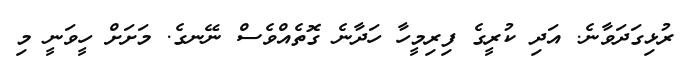
ރުޅިގަދަވާނެ. އަދި ކުރީގެ ފިރިމީހާ ހަދާނެ ގޮތެއްވެސް ނޭނގެ. މަށަށް ހީވަނީ މި